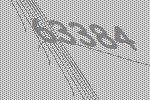
63384